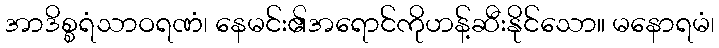
အာဒိစ္စရံသာဝရဏံ၊ နေမင်း၏အရောင်ကိုဟန့်ဆီးနိုင်သော။ မနောရမံ၊